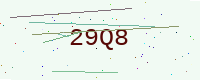
Text: 29Q8